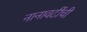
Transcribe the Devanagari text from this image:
नानावटींची